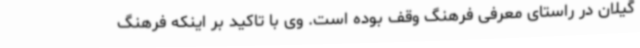
گیلان در راستای معرفی فرهنگ وقف بوده است. وی با تاکید بر اینکه فرهنگ